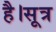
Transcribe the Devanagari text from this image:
है।सूत्र